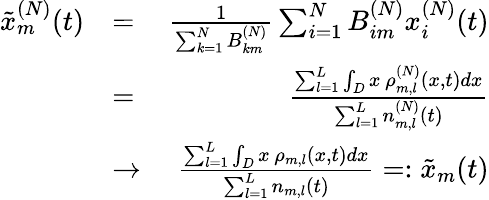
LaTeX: \begin{array}{rlr}{\tilde{x}_{m}^{(N)}(t)}&{=}&{\frac{1}{\sum_{k=1}^{N}B_{km}^{(N)}}\sum_{i=1}^{N}B_{im}^{(N)}x_{i}^{(N)}(t)}\\ &{=}&{\frac{\sum_{l=1}^{L}\int_{D}x\, \rho_{m,l}^{(N)}(x,t)dx}{\sum_{l=1}^{L}n_{m,l}^{(N)}(t)}}\\ &{\rightarrow}&{\frac{\sum_{l=1}^{L}\int_{D}x\, \rho_{m,l}(x,t)dx}{\sum_{l=1}^{L}n_{m,l}(t)}=:\tilde{x}_{m}(t)}\end{array}